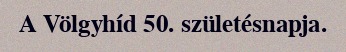
A Völgyhíd 50. születésnapja.